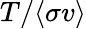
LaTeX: T/\langle\sigma v\rangle